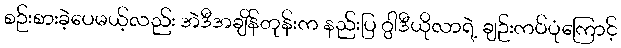
စဉ်းစားခဲ့ပေမယ့်လည်း အဲဒီအချိန်တုန်းက နည်းပြ ဂွါဒီယိုလာရဲ့ ချဉ်းကပ်ပုံကြောင့်